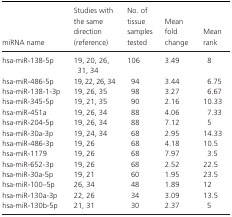
<table><thead><tr><td><b>miRNA name</b></td><td><b>Studies with the same direction (reference)</b></td><td><b>No. of tissue samples tested</b></td><td><b>Mean fold change</b></td><td><b>Mean rank</b></td></tr></thead><tbody><tr><td>hsa‐miR‐138‐5p</td><td>19, 20, 26, 31, 34</td><td>106</td><td>3.49</td><td>8</td></tr><tr><td>hsa‐miR‐486‐5p</td><td>19, 22, 26, 34</td><td>94</td><td>3.44</td><td>6.75</td></tr><tr><td>hsa‐miR‐138‐1‐3p</td><td>19, 26, 35</td><td>98</td><td>3.27</td><td>6.67</td></tr><tr><td>hsa‐miR‐345‐5p</td><td>19, 21, 35</td><td>90</td><td>2.16</td><td>10.33</td></tr><tr><td>hsa‐miR‐451a</td><td>19, 26, 34</td><td>88</td><td>4.06</td><td>7.33</td></tr><tr><td>hsa‐miR‐204‐5p</td><td>19, 26, 34</td><td>88</td><td>7.12</td><td>5</td></tr><tr><td>hsa‐miR‐30a‐3p</td><td>19, 24, 34</td><td>68</td><td>2.95</td><td>14.33</td></tr><tr><td>hsa‐miR‐486‐3p</td><td>19, 26</td><td>68</td><td>4.18</td><td>10.5</td></tr><tr><td>hsa‐miR‐1179</td><td>19, 26</td><td>68</td><td>7.97</td><td>3.5</td></tr><tr><td>hsa‐miR‐652‐3p</td><td>19, 26</td><td>68</td><td>2.52</td><td>22.5</td></tr><tr><td>hsa‐miR‐30a‐5p</td><td>19, 21</td><td>60</td><td>1.95</td><td>23.5</td></tr><tr><td>hsa‐miR‐100–5p</td><td>26, 34</td><td>48</td><td>1.89</td><td>12</td></tr><tr><td>hsa‐miR‐130a‐3p</td><td>22, 26</td><td>34</td><td>3.09</td><td>13.5</td></tr><tr><td>hsa‐miR‐130b‐5p</td><td>21, 31</td><td>30</td><td>2.37</td><td>5</td></tr></tbody></table>